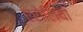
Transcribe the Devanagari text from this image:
एरोलिया